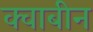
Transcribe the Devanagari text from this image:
क्वाबीन